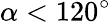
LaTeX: \alpha<120^{\circ}